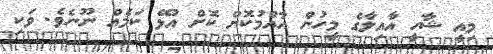
މިއީ ޝާހީ އާއިލާގެ މީހުން އާއްމުކޮށް ކޮށް އުޅޭ ކަމެއް ނޫނެވެ. ވަކި